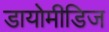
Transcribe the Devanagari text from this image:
डायोमीडिज